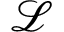
\mathcal L